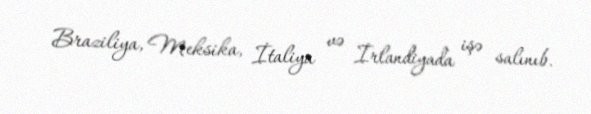
Braziliya, Meksika, İtaliya və İrlandiyada işə salınıb.